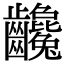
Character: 𪚃